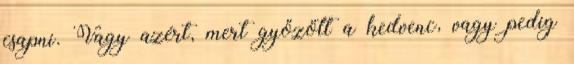
csapni. Vagy azért, mert győzött a kedvenc, vagy pedig